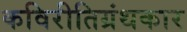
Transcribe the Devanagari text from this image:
कविरीतिग्रंथकार